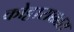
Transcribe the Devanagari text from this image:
कोट्टाराक्कारा